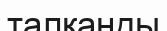
талқанды